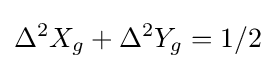
\Delta ^{2}X_{g}+\Delta ^{2}Y_{g}=1/2